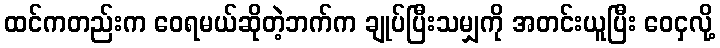
ထင်ကတည်းက ဝေရမယ်ဆိုတဲ့ဘက်က ချုပ်ပြီးသမျှကို အတင်းယူပြီး ဝေငှလို့